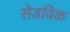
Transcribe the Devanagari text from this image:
सेडविक